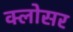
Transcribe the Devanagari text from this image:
क्लोसर